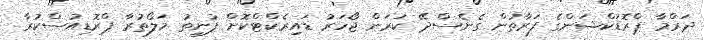
ދަރްމާ ޕްރޮޑަކްޝަންގެ ފަރާތުން ގެނެސްދޭ ކަރަން ޖޯހަރު ޑައިރެކްޓްކޮށް ޕުނީތު މަލޯތުރާ ޕްރޮޑިއުސްކުރާ